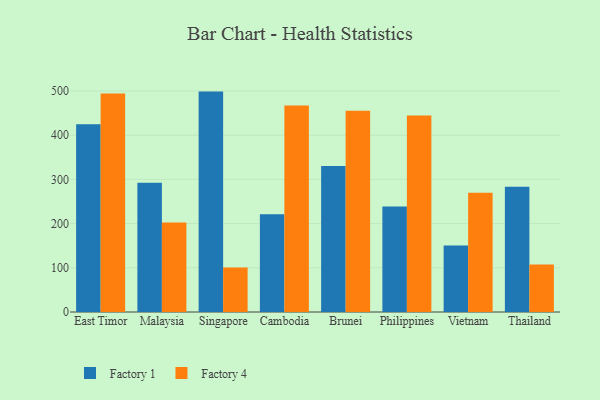
{"axis": {"x": "Country", "y": "Waste Production (Tons)"}, "legend": ["Factory 1", "Factory 4"], "data": [{"x": "East Timor", "y": 424.6, "type": "Factory 1"}, {"x": "East Timor", "y": 494.2, "type": "Factory 4"}, {"x": "Malaysia", "y": 292.6, "type": "Factory 1"}, {"x": "Malaysia", "y": 202.6, "type": "Factory 4"}, {"x": "Singapore", "y": 498.7, "type": "Factory 1"}, {"x": "Singapore", "y": 100.5, "type": "Factory 4"}, {"x": "Cambodia", "y": 221.1, "type": "Factory 1"}, {"x": "Cambodia", "y": 467.0, "type": "Factory 4"}, {"x": "Brunei", "y": 330.1, "type": "Factory 1"}, {"x": "Brunei", "y": 455.1, "type": "Factory 4"}, {"x": "Philippines", "y": 238.5, "type": "Factory 1"}, {"x": "Philippines", "y": 444.9, "type": "Factory 4"}, {"x": "Vietnam", "y": 150.5, "type": "Factory 1"}, {"x": "Vietnam", "y": 270.1, "type": "Factory 4"}, {"x": "Thailand", "y": 283.2, "type": "Factory 1"}, {"x": "Thailand", "y": 107.7, "type": "Factory 4"}]}